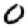
Digit: 0